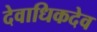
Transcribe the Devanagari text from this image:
देवाधिकदेव